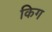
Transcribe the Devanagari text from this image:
किग